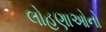
લોહણાઓનો